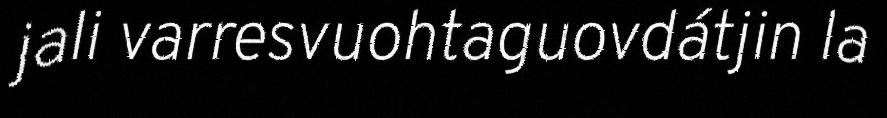
jali varresvuohtaguovdátjin la